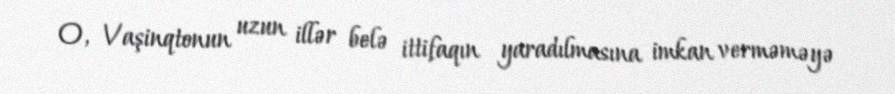
O, Vaşinqtonun uzun illər belə ittifaqın yaradılmasına imkan verməməyə